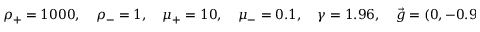
\rho _ { + } = 1 0 0 0 , \quad \rho _ { - } = 1 , \quad \mu _ { + } = 1 0 , \quad \mu _ { - } = 0 . 1 , \quad \gamma = 1 . 9 6 , \quad \vec { g } = ( 0 , - 0 . 9 8 ) ^ { T } .